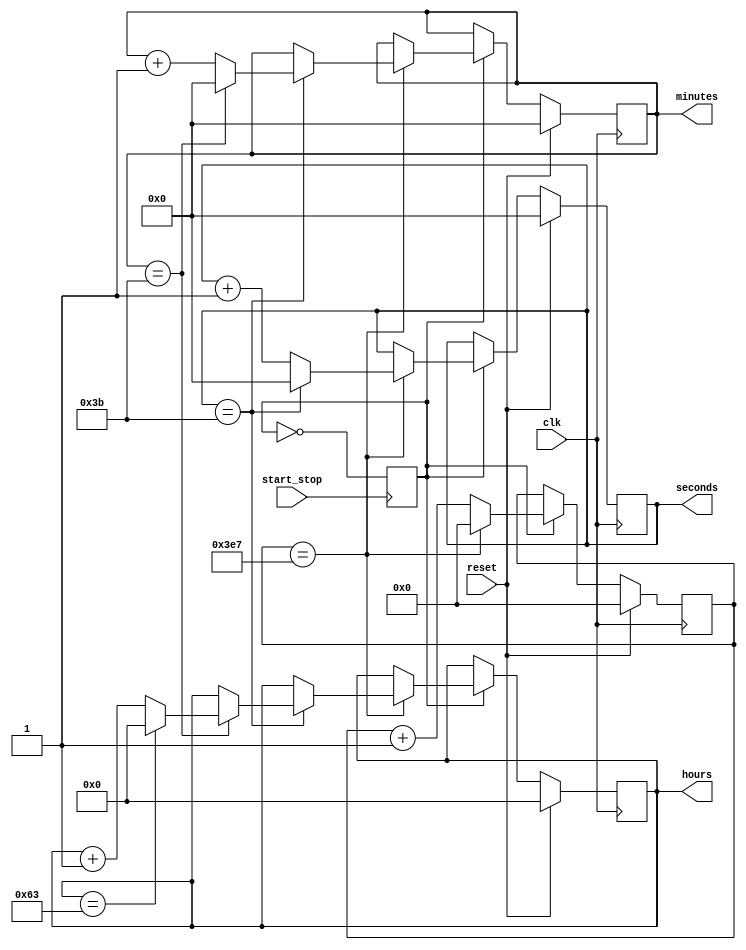
module cronometer (start_stop, reset, clk, seconds, minutes, hours); //start_stop = 0 => stop, start_stop = 1 => start
//clock period must be 1kHz
	reg [9:0] miliseconds = 0;
	output reg [5:0] seconds = 0;
	output reg [5:0] minutes = 0;
	output reg [7:0] hours = 0;
	
	
	input clk;
	input reset;
	input start_stop;
	
	reg res = 0;
	reg start = 0;
	
	
	always @(posedge clk) begin

		if (reset == 1) begin
			miliseconds <= 10'b0;
			seconds <= 6'b0;
			minutes <= 6'b0;
			hours <= 6'b0;
		end
		else if (start == 0) begin
		end
		else begin
		
			if (miliseconds == 999) begin
			
				if (seconds == 59) begin
				
					if (minutes == 59) begin
					
						if (hours == 99) begin
							miliseconds <= 10'b0;
							seconds <= 6'b0;
							minutes <= 6'b0;
							hours <= 8'b0;
						end
						else begin
							miliseconds <= 10'b0;
							seconds <= 6'b0;
							minutes <= 6'b0;
							hours <= hours + 1;
						end
					end
					else begin
						miliseconds <= 10'b0;
						seconds <= 6'b0;
						minutes <= minutes + 1;
					end
				end
				else begin
					miliseconds <= 10'b0;
					seconds <= seconds + 1;
				end
			end
			else 
				miliseconds <= miliseconds + 1;
		end

	end
	
		always @(posedge start_stop) begin
		start = !start;
	end
	
endmodule